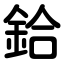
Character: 鉿